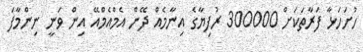
ހުށަހަޅާ ފަރާތަކަށް 300000 ރުފިޔާގެ އިނާމެއް ދޭން އެމްއެމްއޭ އިން ވަނީ ނިންމާފަ